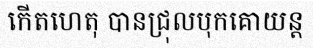
កើតហេតុ បានជ្រុលបុកគោយន្ត